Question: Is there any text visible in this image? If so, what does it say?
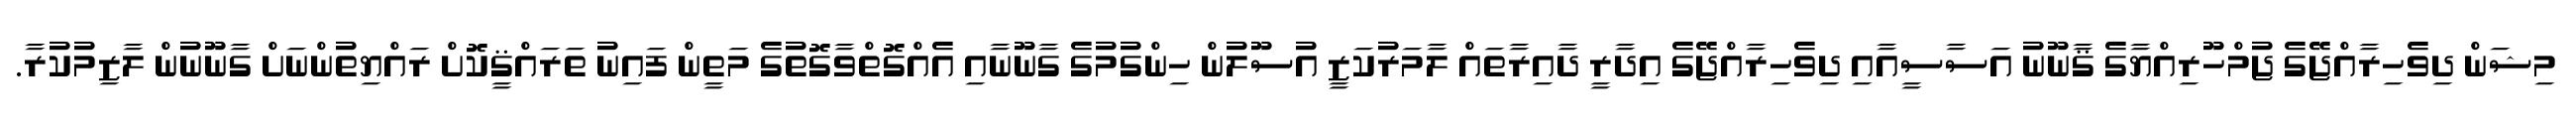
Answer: މިޝަން ދިވެހިރާއްޖޭގެ ޖުމްހޫރިއްޔާގެ ޤާނޫނު އަސާސީއާއި ދިވެހިރާއްޖޭގެ އިދާރީ ދާއިރާތައް ލާމަރުކަޒީ އުސޫލުން ހިންގުމުގެ ގާނޫނާއި އެއްގޮތްވާގޮތުގެ މަތީން ފައިނު ތަރައްޤީކޮށް ރައްޔިތުންނަށް ގާނޫނުން ލާޒިމުކުރާ.